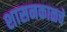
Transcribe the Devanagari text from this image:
शासनकाळचे